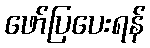
ဖော်ပြပေးရန်